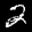
Label: 2